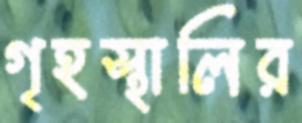
গৃহস্থালির